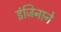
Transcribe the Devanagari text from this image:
इंजिनाने